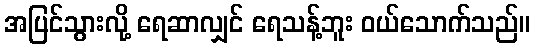
အပြင်သွားလို့ ရေဆာလျှင် ရေသန့်ဘူး ဝယ်သောက်သည်။